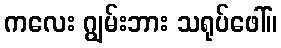
ကလေး ဂျွမ်းဘား သရုပ်ဖေါ်။